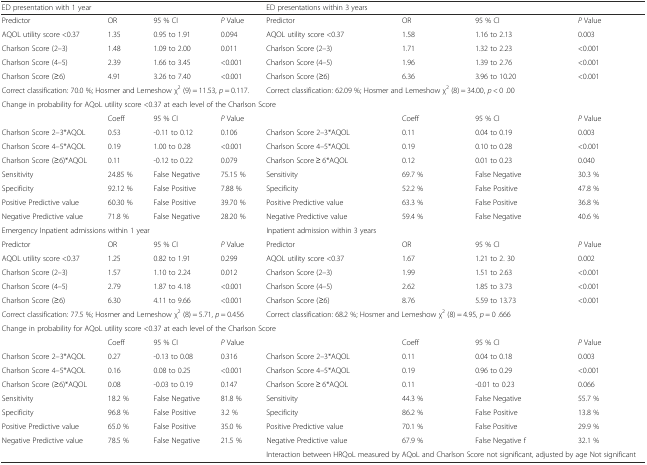
<table><thead><tr><td colspan="4"><b>ED presentation with 1 year</b></td><td colspan="4"><b>ED presentations within 3 years</b></td></tr></thead><tbody><tr><td>Predictor</td><td>OR</td><td>95 % CI</td><td><i>P</i> Value</td><td>Predictor</td><td>OR</td><td>95 % CI</td><td><i>P</i> Value</td></tr><tr><td>AQOL utility score &lt;0.37</td><td>1.35</td><td>0.95 to 1.91</td><td>0.094</td><td>AQOL utility score &lt;0.37</td><td>1.58</td><td>1.16 to 2.13</td><td>0.003</td></tr><tr><td>Charlson Score (2–3)</td><td>1.48</td><td>1.09 to 2.00</td><td>0.011</td><td>Charlson Score (2–3)</td><td>1.71</td><td>1.32 to 2.23</td><td>&lt;0.001</td></tr><tr><td>Charlson Score (4–5)</td><td>2.39</td><td>1.66 to 3.45</td><td>&lt;0.001</td><td>Charlson Score (4–5)</td><td>1.96</td><td>1.39 to 2.76</td><td>&lt;0.001</td></tr><tr><td>Charlson Score (≥6)</td><td>4.91</td><td>3.26 to 7.40</td><td>&lt;0.001</td><td>Charlson Score (≥6)</td><td>6.36</td><td>3.96 to 10.20</td><td>&lt;0.001</td></tr><tr><td colspan="4">Correct classification: 70.0 %; Hosmer and Lemeshow χ<sup>2</sup> (9) = 11.53, <i>p</i> = 0.117.</td><td colspan="4">Correct classification: 62.09 %; Hosmer and Lemeshow χ<sup>2</sup> (8) = 34.00, <i>p</i> &lt; 0 .00</td></tr><tr><td colspan="8">Change in probability for AQoL utility score &lt;0.37 at each level of the Charlson Score</td></tr><tr><td></td><td>Coeff</td><td>95 % CI</td><td><i>P</i> Value</td><td></td><td>Coeff</td><td>95 % CI</td><td><i>P</i> Value</td></tr><tr><td>Charlson Score 2–3*AQOL</td><td>0.53</td><td>-0.11 to 0.12</td><td>0.106</td><td>Charlson Score 2–3*AQOL</td><td>0.11</td><td>0.04 to 0.19</td><td>0.003</td></tr><tr><td>Charlson Score 4–5*AQOL</td><td>0.19</td><td>1.00 to 0.28</td><td>&lt;0.001</td><td>Charlson Score 4–5*AQOL</td><td>0.19</td><td>0.10 to 0.28</td><td>&lt;0.001</td></tr><tr><td>Charlson Score (≥6)*AQOL</td><td>0.11</td><td>-0.12 to 0.22</td><td>0.079</td><td>Charlson Score ≥ 6*AQOL</td><td>0.12</td><td>0.01 to 0.23</td><td>0.040</td></tr><tr><td>Sensitivity</td><td>24.85 %</td><td>False Negative</td><td>75.15 %</td><td>Sensitivity</td><td>69.7 %</td><td>False Negative</td><td>30.3 %</td></tr><tr><td>Specificity</td><td>92.12 %</td><td>False Positive</td><td>7.88 %</td><td>Specificity</td><td>52.2 %</td><td>False Positive</td><td>47.8 %</td></tr><tr><td>Positive Predictive value</td><td>60.30 %</td><td>False Positive</td><td>39.70 %</td><td>Positive Predictive value</td><td>63.3 %</td><td>False Positive</td><td>36.8 %</td></tr><tr><td>Negative Predictive value</td><td>71.8 %</td><td>False Negative</td><td>28.20 %</td><td>Negative Predictive value</td><td>59.4 %</td><td>False Negative</td><td>40.6 %</td></tr><tr><td colspan="4">Emergency Inpatient admissions within 1 year</td><td colspan="4">Inpatient admission within 3 years</td></tr><tr><td>Predictor</td><td>OR</td><td>95 % CI</td><td><i>P</i> Value</td><td>Predictor</td><td>OR</td><td>95 % CI</td><td><i>P</i> Value</td></tr><tr><td>AQOL utility score &lt;0.37</td><td>1.25</td><td>0.82 to 1.91</td><td>0.299</td><td>AQOL utility score &lt;0.37</td><td>1.67</td><td>1.21 to 2. 30</td><td>0.002</td></tr><tr><td>Charlson Score (2–3)</td><td>1.57</td><td>1.10 to 2.24</td><td>0.012</td><td>Charlson Score (2–3)</td><td>1.99</td><td>1.51 to 2.63</td><td>&lt;0.001</td></tr><tr><td>Charlson Score (4–5)</td><td>2.79</td><td>1.87 to 4.18</td><td>&lt;0.001</td><td>Charlson Score (4–5)</td><td>2.62</td><td>1.85 to 3.73</td><td>&lt;0.001</td></tr><tr><td>Charlson Score (≥6)</td><td>6.30</td><td>4.11 to 9.66</td><td>&lt;0.001</td><td>Charlson Score (≥6)</td><td>8.76</td><td>5.59 to 13.73</td><td>&lt;0.001</td></tr><tr><td colspan="4">Correct classification: 77.5 %; Hosmer and Lemeshow χ<sup>2</sup> (8) = 5.71, <i>p</i> = 0.456</td><td colspan="4">Correct classification: 68.2 %; Hosmer and Lemeshow χ<sup>2</sup> (8) = 4.95, <i>p</i> = 0 .666</td></tr><tr><td colspan="8">Change in probability for AQoL utility score &lt;0.37 at each level of the Charlson Score</td></tr><tr><td></td><td>Coeff</td><td>95 % CI</td><td><i>P</i> Value</td><td></td><td>Coeff</td><td>95 % CI</td><td><i>P</i> Value</td></tr><tr><td>Charlson Score 2–3*AQOL</td><td>0.27</td><td>-0.13 to 0.08</td><td>0.316</td><td>Charlson Score 2–3*AQOL</td><td>0.11</td><td>0.04 to 0.18</td><td>0.003</td></tr><tr><td>Charlson Score 4–5*AQOL</td><td>0.16</td><td>0.08 to 0.25</td><td>&lt;0.001</td><td>Charlson Score 4–5*AQOL</td><td>0.19</td><td>0.96 to 0.29</td><td>&lt;0.001</td></tr><tr><td>Charlson Score (≥6)*AQOL</td><td>0.08</td><td>-0.03 to 0.19</td><td>0.147</td><td>Charlson Score ≥ 6*AQOL</td><td>0.11</td><td>-0.01 to 0.23</td><td>0.066</td></tr><tr><td>Sensitivity</td><td>18.2 %</td><td>False Negative</td><td>81.8 %</td><td>Sensitivity</td><td>44.3 %</td><td>False Negative</td><td>55.7 %</td></tr><tr><td>Specificity</td><td>96.8 %</td><td>False Positive</td><td>3.2 %</td><td>Specificity</td><td>86.2 %</td><td>False Positive</td><td>13.8 %</td></tr><tr><td>Positive Predictive value</td><td>65.0 %</td><td>False Positive</td><td>35.0 %</td><td>Positive Predictive value</td><td>70.1 %</td><td>False Positive</td><td>29.9 %</td></tr><tr><td>Negative Predictive value</td><td>78.5 %</td><td>False Negative</td><td>21.5 %</td><td>Negative Predictive value</td><td>67.9 %</td><td>False Negative f</td><td>32.1 %</td></tr><tr><td colspan="4"></td><td colspan="4">Interaction between HRQoL measured by AQoL and Charlson Score not significant, adjusted by age Not significant</td></tr></tbody></table>